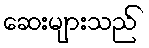
ဆေးများသည်